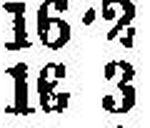
16 3